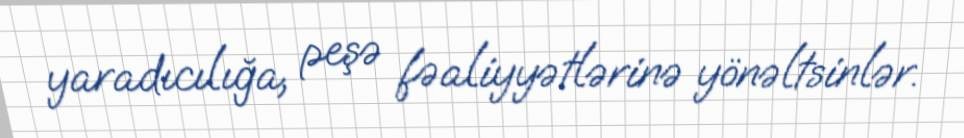
yaradıcılığa, peşə fəaliyyətlərinə yönəltsinlər.